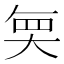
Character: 𭑒